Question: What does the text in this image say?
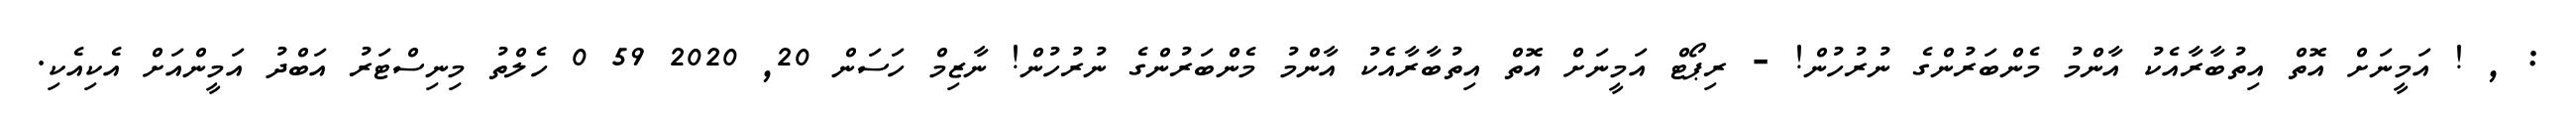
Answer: : , ! އަމީނަށް އޮތް އިތުބާރާއެކު އާންމު މެންބަރުންގެ ނުރުހުން! - ރިޕޯޓް އަމީނަށް އޮތް އިތުބާރާއެކު އާންމު މެންބަރުންގެ ނުރުހުން! ނާޒިމް ހަސަން 20, 2020 59 0 ހެލްތު މިނިސްޓަރު އަބްދު އަމީންއަށް އެކިއެކި.